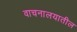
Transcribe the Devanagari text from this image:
वाचनालयातील